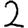
Digit: 2